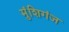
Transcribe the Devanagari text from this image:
मुंशिगंज